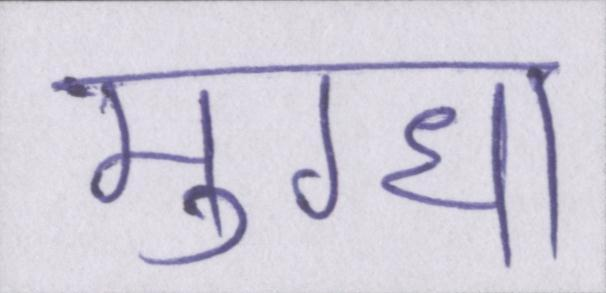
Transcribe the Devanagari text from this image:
मुग्धा